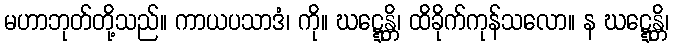
မဟာဘုတ်တို့သည်။ ကာယပသာဒံ၊ ကို။ ဃဋ္ဋေန္တိ၊ ထိခိုက်ကုန်သလော။ န ဃဋ္ဋေန္တိ၊